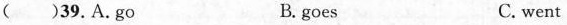
( )39.A.go B. goes C.went